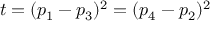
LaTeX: t = ( p _ { 1 } - p _ { 3 } ) ^ { 2 } = ( p _ { 4 } - p _ { 2 } ) ^ { 2 }